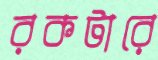
রকটারে